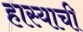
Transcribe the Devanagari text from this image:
हास्याची